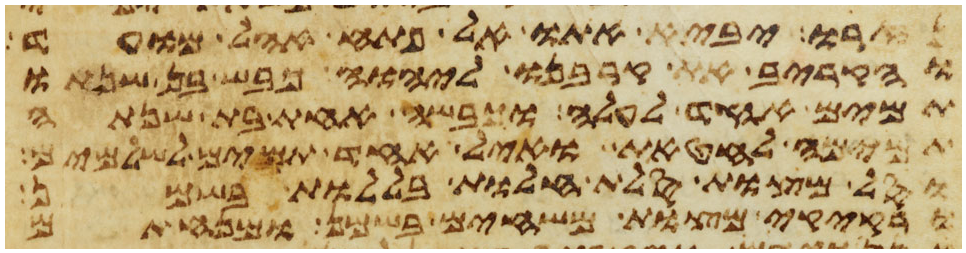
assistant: נזרו יביא אתו אל פתח אהל מועד
והקריב את קרבנו ליהוה כבש בן שנתו
תמים אחד לעלה וכבשה אחת בת שנתה
תמימה לחטאת ואיל אחד תמים לשלמים
וסל מצות סלת חלות בללות בשמן
ורקיקי מצות משחים בשמן ומנחתם